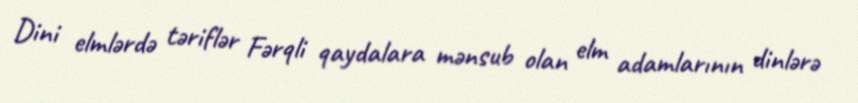
Dini elmlərdə təriflər Fərqli qaydalara mənsub olan elm adamlarının dinlərə